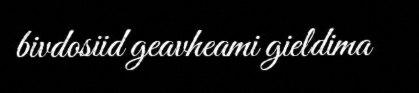
bivdosiid geavheami gieldima